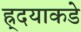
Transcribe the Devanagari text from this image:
ह्र्दयाकडे